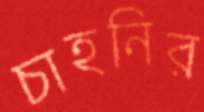
চাহনির